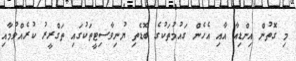
މި ގޮތުން އިންޑިއާ އާއި އެހެން ގައުމުތަކުގެ ބޮޑެތި ޔުނިވާސިޓީތަކުގައި ތަގްރީރު ކުރެއްވުމާއި